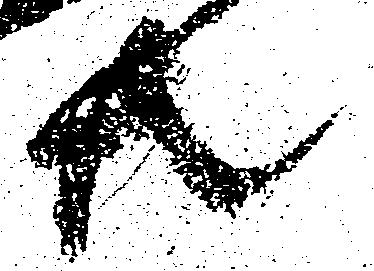
共